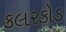
કલરકોડ